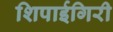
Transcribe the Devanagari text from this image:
शिपाईगिरी